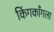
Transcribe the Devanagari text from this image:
किंगकाँगला